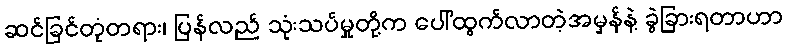
ဆင်ခြင်တုံတရား၊ ပြန်လည် သုံးသပ်မှုတို့က ပေါ်ထွက်လာတဲ့အမှန်နဲ့ ခွဲခြားရတာဟာ